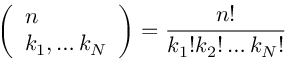
\left( \begin{array} { l } { n } \\ { k _ { 1 } , \ldots k _ { N } } \end{array} \right) = \frac { n ! } { k _ { 1 } ! k _ { 2 } ! \ldots k _ { N } ! }